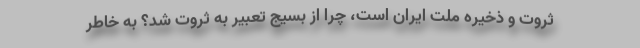
ثروت و ذخیره ملت ایران است، چرا از بسیج تعبیر به ثروت شد؟ به خاطر